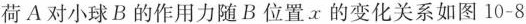
荷A对小球B的作用力随B位置x的变化关系如图10-8